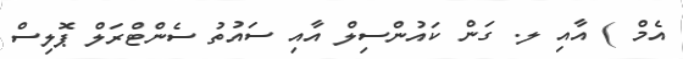
އެމް ) އާއި ލ. ގަން ކައުންސިލް އާއި ސައުތު ސެންޓްރަލް ޕޮލިސް